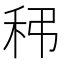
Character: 𥝼